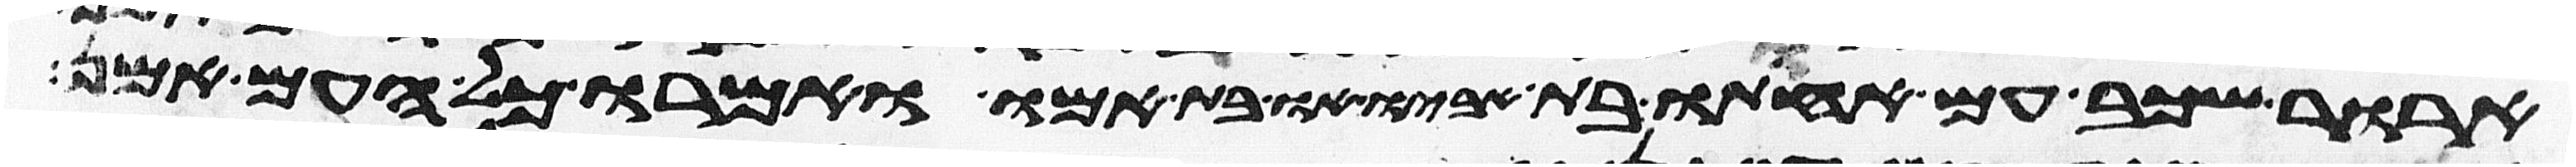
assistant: ארור שכב עם אחותו בת אביו או בת אמו ואמרו כל העם אמן